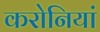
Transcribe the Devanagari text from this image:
करोनियां